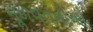
મૂળવતનીઓ